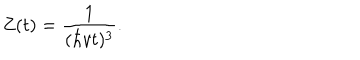
Z ( t ) = { \frac { 1 } { ( \hbar v t ) ^ { 3 } } } .